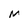
Character: M